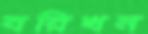
বরিখন